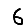
Digit: 6